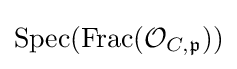
{\text{Spec}}({\text{Frac}}({\mathcal {O}}_{C,{\mathfrak {p}}}))